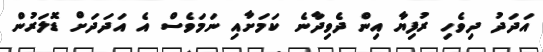
އަދަދު ދިވެހި ރުފިޔާ އިން ދެވިދާނެ ކަމަށާއި ނަމަވެސް އެ އަދަދަށް ޑޮލަރުން